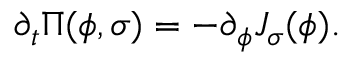
\partial _ { t } \Pi ( \phi , \sigma ) = - \partial _ { \phi } J _ { \sigma } ( \phi ) .